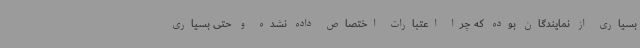
بسیاری از نمایندگان بوده که چرا اعتبارات اختصاص داده نشده و حتی بسیاری